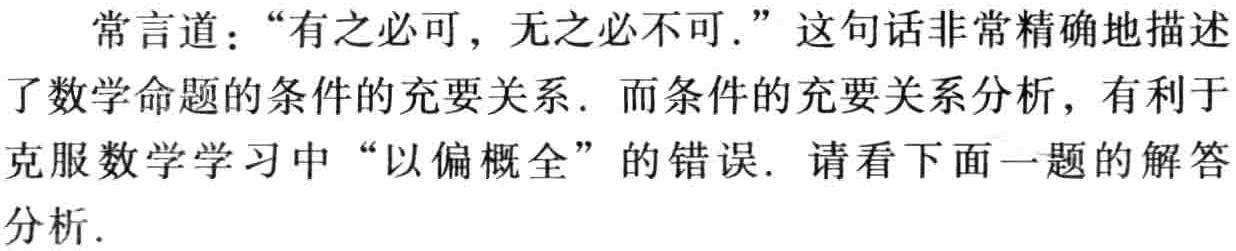
常言道：“有之必可，无之必不可.”这句话非常精确地描述了数学命题的条件的充要关系. 而条件的充要关系分析，有利于克服数学学习中“以偏概全”的错误. 请看下面一题的解答分析.